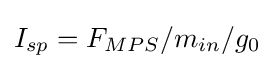
I_{sp}=F_{MPS}/m_{in}/g_{0}